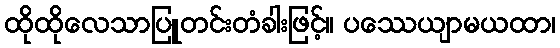
ထိုထိုလေသာပြူတင်းတံခါးဖြင့်။ ပဿေယျာမယထာ၊